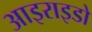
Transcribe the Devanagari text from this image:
आइराइडो